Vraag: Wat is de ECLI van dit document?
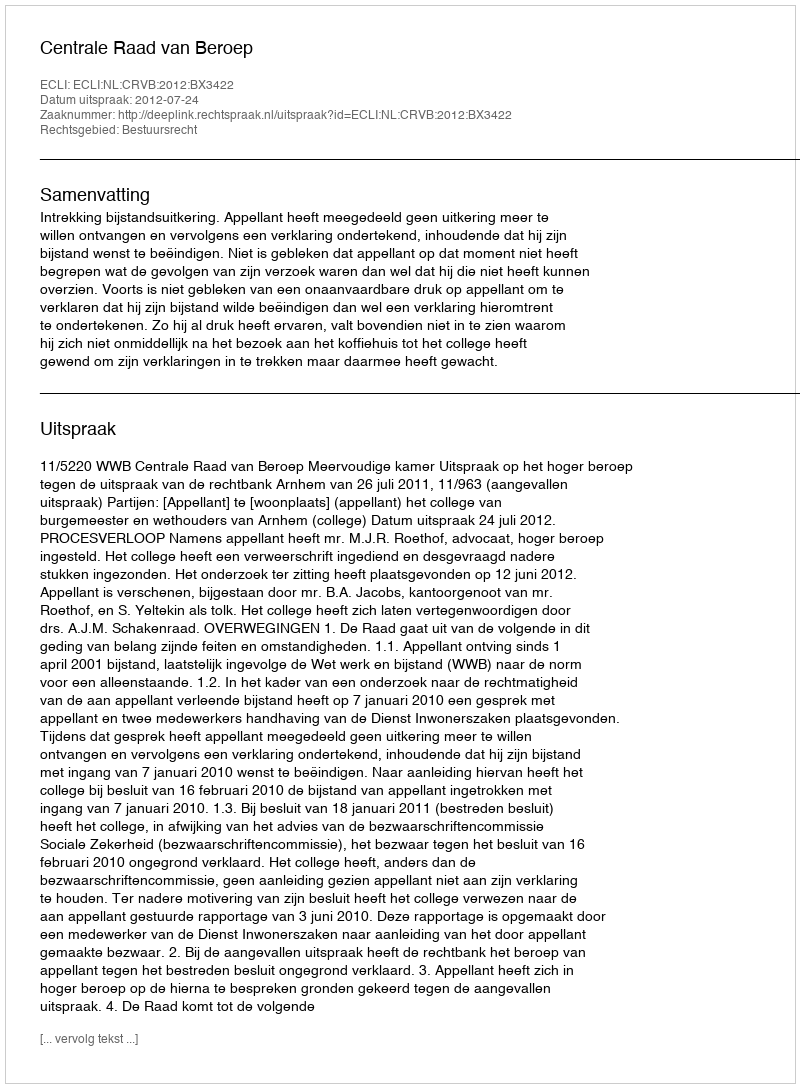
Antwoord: ECLI:NL:CRVB:2012:BX3422